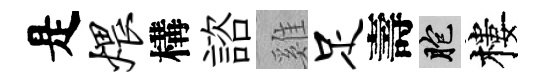
是煨構諮雞足壽胞樓